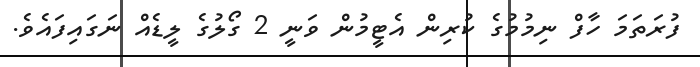
ފުރަތަމަ ހާފް ނިމުމުގެ ކުރިން އެޓީމުން ވަނީ 2 ގޯލުގެ ލީޑެއް ނަގައިފައެވެ.